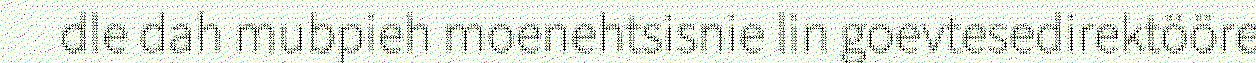
dle dah mubpieh moenehtsisnie lin goevtesedirektööre